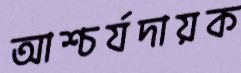
আশ্চর্যদায়ক